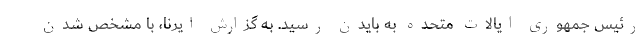
رئیس جمهوری ایالات متحده به بایدن رسید. به گزارش ایرنا، با مشخص شدن